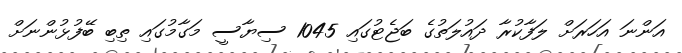
އަންނަ އަހަރަށް ލަފާކުރާ ދައުލަތުގެ ބަޖެޓުގައި 1045 ސިޔާސީ މަގާމުގައި ތިބި ބޭފުޅުންނަށް